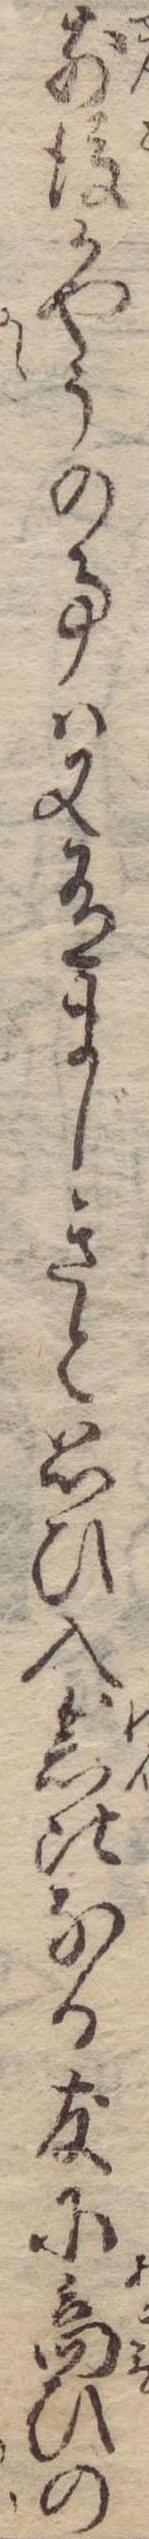
前後かやうの事は又有まじきと思ひ入念比なる友に商ひの